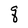
Character: q